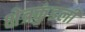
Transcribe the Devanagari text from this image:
क्षेत्रकुंडली